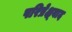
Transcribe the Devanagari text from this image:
परिप्रेक्ष्वाद